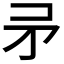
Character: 𭿵